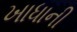
ખાધાની